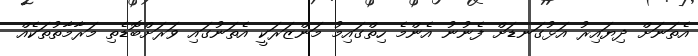
އެތަނަށް ދިޔައިރު އަޅުގަނޑަށް ފެނުނު އެންމެ ހިތްގައިމު މަންޒަރަކީ އެތަނުގައި ވަރަށްބޮޑެތި މަރާމާތުތަކެއް